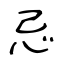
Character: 忌